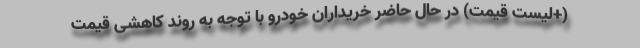
(+لیست قیمت) در حال حاضر خریداران خودرو با توجه به روند کاهشی قیمت